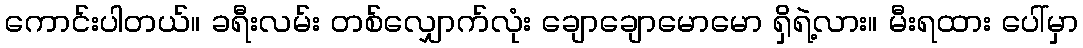
ကောင်းပါတယ်။ ခရီးလမ်း တစ်လျှောက်လုံး ချောချောမောမော ရှိရဲ့လား။ မီးရထား ပေါ်မှာ